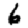
Digit: 6